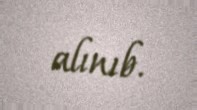
alınıb.